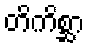
တိကိစ္ဆာ